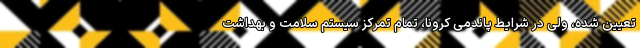
تعیین شده، ولی در شرایط پاندمی کرونا، تمام تمرکز سیستم سلامت و بهداشت